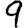
Digit: 9